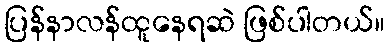
ပြန်နာလန်ထူနေရဆဲ ဖြစ်ပါတယ်။